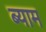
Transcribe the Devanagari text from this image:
ब्याम